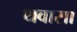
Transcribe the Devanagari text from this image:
थवासा